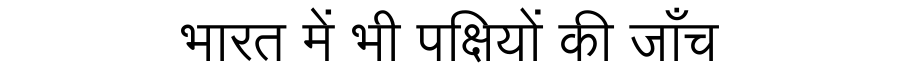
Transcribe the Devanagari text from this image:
भारत में भी पक्षियों की जाँच